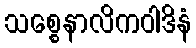
သစ္စေနာလိကဝါဒိနံ